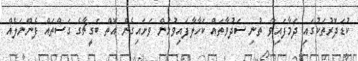
ކުޑަދޮރުތަކުގައި ދަމާފައިވާ ތުނި ސަދުވާތައް ކަހާލާފައިވުމުން ވަށައިގެން އޮތް ބަގީޗާގެ ގަސްތައް ފެންނަލެއް